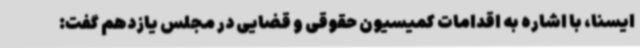
ایسنا، با اشاره به اقدامات کمیسیون حقوقی و قضایی در مجلس یازدهم گفت: